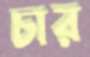
চার